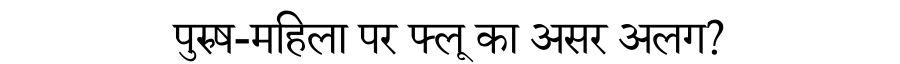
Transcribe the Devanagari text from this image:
पुरुष-महिला पर फ्लू का असर अलग?